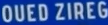
QUEDZIREG